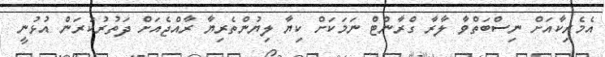
އެމެރިކާއަށް ނިސްބަތްވާ ލާރާ ގްރާންޓް ނަމަކަށް ކިޔާ ލިޔުންތެރިޔާ ރާއްޖެއަށް ދަތުރުކުރަން އުޅުނީ